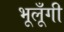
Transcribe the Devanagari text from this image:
भूलूँगी